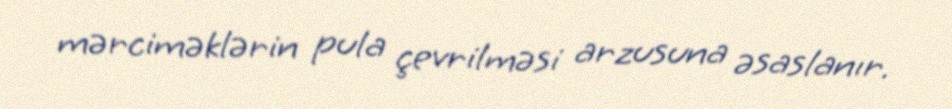
mərciməklərin pula çevrilməsi arzusuna əsaslanır.